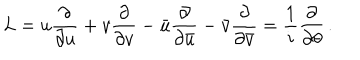
L = u { \frac { \partial } { \partial u } } + v { \frac { \partial } { \partial v } } - \bar { u } { \frac { \partial } { \partial \bar { u } } } - \bar { v } { \frac { \partial } { \partial \bar { v } } } = { \frac { 1 } { i } } { \frac { \partial } { \partial \theta } } \, .